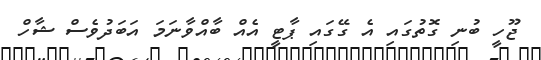
ޖޫހީ ބުނި ގޮތުގައި އެ ގޭގައި ޕާޓީ އެއް ބާއްވާނަމަ އަބަދުވެސް ޝާހް